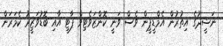
ނަޝީދުގެ އިތުރުން އެމްޑީޕީން ވެސް ވަނީ ކޮންޒަވެޓިވް ޕާޓީ އާއި ބޮޑުވަޒީރު ކެމަރަން